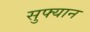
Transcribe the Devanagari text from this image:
सुफ्यान